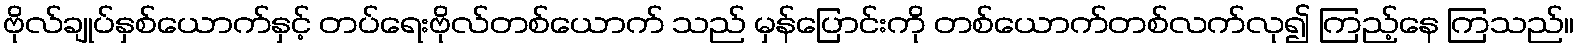
ဗိုလ်ချုပ်နှစ်ယောက်နှင့် တပ်ရေးဗိုလ်တစ်ယောက် သည် မှန်ပြောင်းကို တစ်ယောက်တစ်လက်လု၍ ကြည့်နေ ကြသည်။